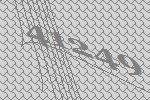
41249